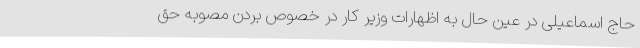
حاج اسماعیلی در عین حال به اظهارات وزیر کار در خصوص بردن مصوبه حق